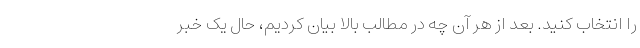
را انتخاب کنید. بعد از هر آن چه در مطالب بالا بیان کردیم، حال یک خبر